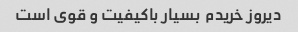
دیروز خریدم  بسیار باکیفیت و قوی است